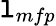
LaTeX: \mathtt{l}_{mfp}